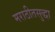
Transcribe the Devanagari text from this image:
मराठीतसुद्धा